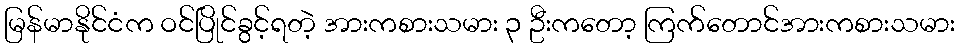
မြန်မာနိုင်ငံက ဝင်ပြိုင်ခွင့်ရတဲ့ အားကစားသမား ၃ ဦးကတော့ ကြက်တောင်အားကစားသမား